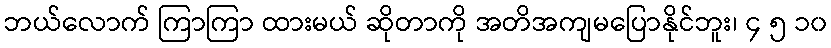
ဘယ်လောက် ကြာကြာ ထားမယ် ဆိုတာကို အတိအကျမပြောနိုင်ဘူး၊ ၄ ၅ ၁၀